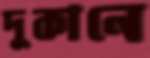
দুকানে